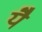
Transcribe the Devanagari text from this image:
येै